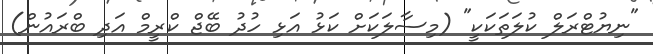
"ނިޔުޓްރަލް ކުލަތަކަކީ" (މިސާލަކަށް ކަޅު އަޅި ހުދު ބޭޖް ކްރީމް އަދި ބްރައުން)